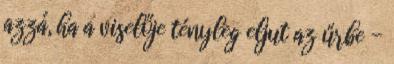
azzá, ha a viselője tényleg eljut az űrbe -